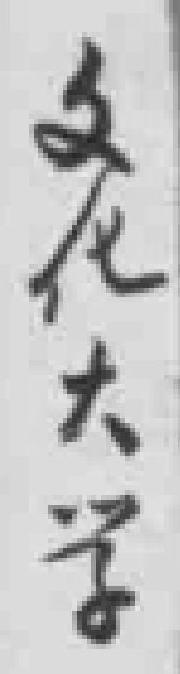
文化大学